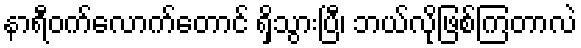
နာရီဝက်လောက်တောင် ရှိသွားပြီ၊ ဘယ်လိုဖြစ်ကြတာလဲ